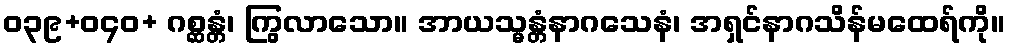
ဝ၃၉+ဝ၄၀+ ဂစ္ဆန္တံ၊ ကြွလာသော။ အာယသ္မန္တံနာဂသေနံ၊ အရှင်နာဂသိန်မထေရ်ကို။